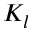
K _ { l }